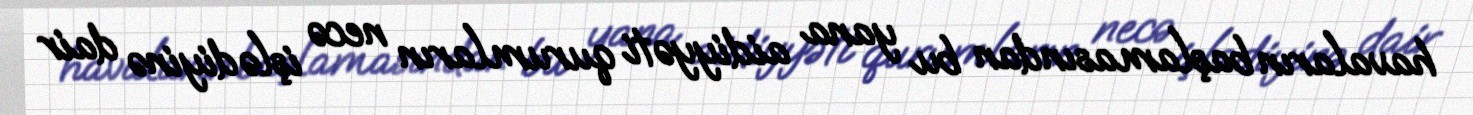
havaların başlamasından bu yana aidiyyəti qurumların necə işlədiyinə dair